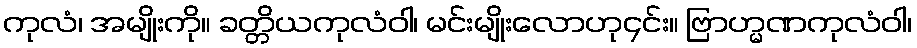
ကုလံ၊ အမျိုးကို။ ခတ္တိယကုလံဝါ၊ မင်းမျိုးလောဟု၄င်း။ ဗြာဟ္မဏကုလံဝါ၊